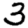
Digit: 3